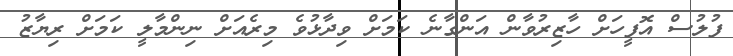
ފުލުސް އޮފީހަށް ހާޒިރުވާން އަންގާނެ ކަމަށް ވިދާޅުވެ މިރެއަށް ނިންމާލީ ކަމަށް ރިޔާޒު